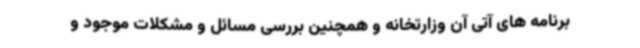
برنامه های آتی آن وزارتخانه و همچنین بررسی مسائل و مشکلات موجود و